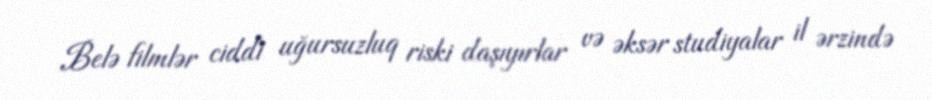
Belə filmlər ciddi uğursuzluq riski daşıyırlar və əksər studiyalar il ərzində